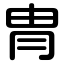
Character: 冑